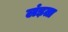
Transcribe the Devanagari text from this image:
लंड़ता